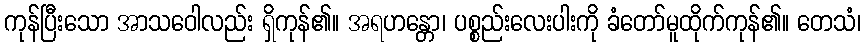
ကုန်ပြီးသော အာသဝေါလည်း ရှိကုန်၏။ အရဟန္တော၊ ပစ္စည်းလေးပါးကို ခံတော်မူထိုက်ကုန်၏။ တေသံ၊